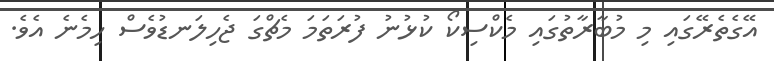
އޭގެތެރޭގައި މި މުބާރާތުގައި މެކްސިކޯ ކުޅުނު ފުރަތަމަ މެޗްގަ ޖެހިލަނޑުވެސް ހިމެނެ އެވެ.